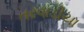
તરવાડીયા